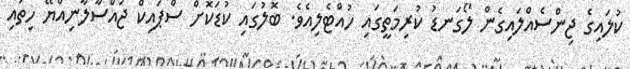
ކުލައިގެ ޖިންސެއްލައިގެން ލޯގަނޑު ކުރިމަތީގައި ހުއްޓެލިއެވެ. ބޮލުގައި ކުޑަކޮށް ސްޕައިކް ޖައްސާލާނިއްޔޭ ހިތައި